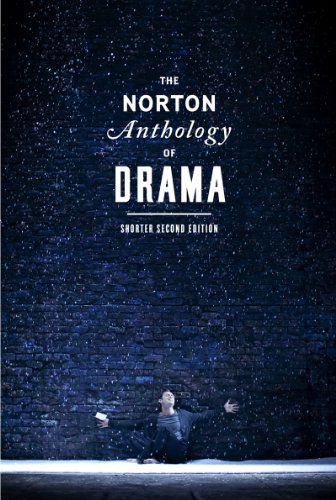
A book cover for The Norton Anthology of Drama (Shorter Second Edition); Literature & Fiction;